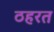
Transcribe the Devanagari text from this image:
ठहरत